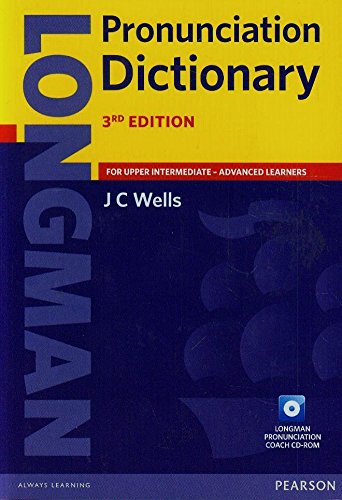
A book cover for Longman Pronunciation Dictionary, Paper with CD-ROM (3rd Edition); J C Wells; Reference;